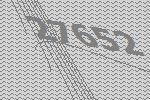
27652